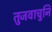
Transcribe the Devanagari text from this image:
तुजवाचुनि